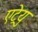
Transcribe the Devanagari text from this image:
एट्रेयु